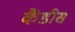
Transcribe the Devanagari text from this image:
कैंडीस